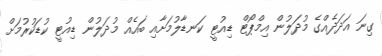
ގިނަ އަދަދެއްގެ މުދަލުން އިމްޕޯޓް ޑިއުޓީ ކަނޑާލުމަށާއި ބައެއް މުދަލުން ޑިއުޓީ ކުޑަކުރުމަށް